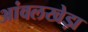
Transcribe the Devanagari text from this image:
आंवलखेड़ा